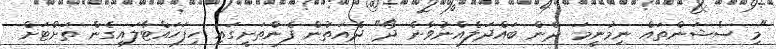
"މި ސެޝަންތައް ނިމުނީމަ ދެން ބައްދަލެއްނުވާނެ ދޯ" ދެއަތުން ފެންތަށީގައި ހިފަހައްޓާލައިގެން ތަށްޓަށް